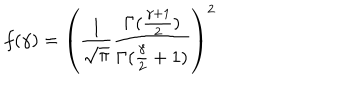
LaTeX: f ( \gamma ) = \left( \frac { 1 } { \sqrt { \pi } } \frac { \Gamma ( \frac { \gamma + 1 } { 2 } ) } { \Gamma ( \frac { \gamma } { 2 } + 1 ) } \right) ^ { 2 }